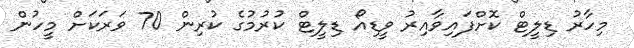
މިހާރު ޑިލީޓް ކޮށްފައިވާއިރު ވީޑިއޯ ޑިލީޓް ކުރުމުގެ ކުރިން 70 ވަރަކަށް މީހުން